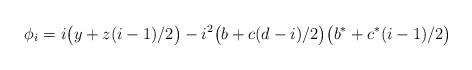
LaTeX: \begin{align*}\phi_i = i\big(y+z(i-1)/2\big) - i^2\big(b+c(d-i)/2\big)\big(b^*+c^*(i-1)/2\big)\end{align*}